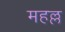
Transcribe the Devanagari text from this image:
महल्ल